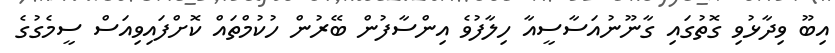
އިބޫ ވިދާޅުވި ގޮތުގައި ގާނޫނުއަސާސީއާ ހިލާފުވެ އިންސާފުން ބޭރުން ހުކުމްތައް ކޮށްފައިވިއަސް ސީމެގުގެ